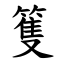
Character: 篗